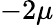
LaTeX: -2\mu